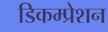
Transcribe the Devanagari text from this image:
डिकम्प्रेशन